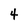
Character: 4